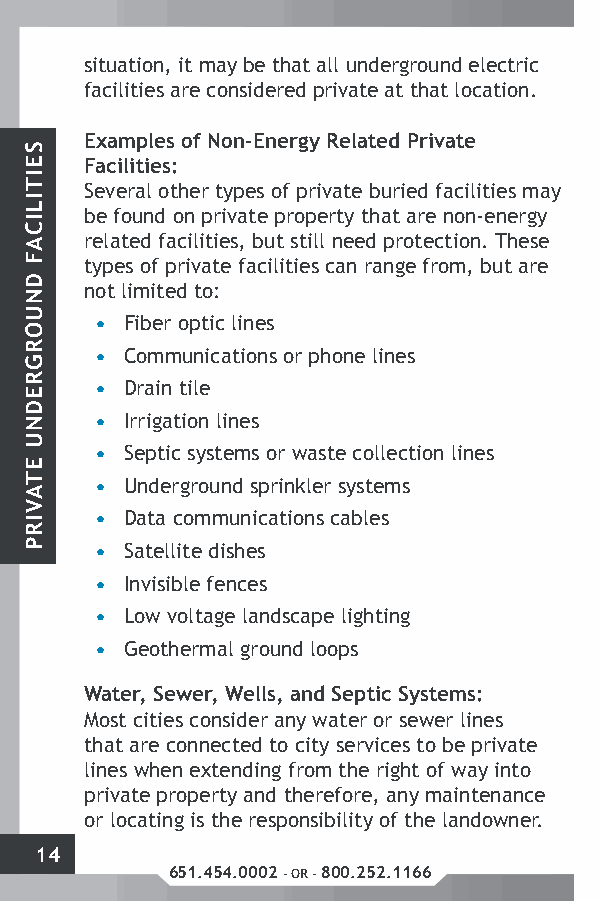
situation, it may be that all underground electric
 facilities are considered private at that location.
 Examples of Non-Energy Related Private
 Facilities:
 Several other types of private buried facilities may
 be found on private property that are non-energy
 related facilities, but still need protection. These
 types of private facilities can range from, but are
 not limited to:
 • Fiber optic lines
 • Communications or phone lines
 • Drain tile
 • Irrigation lines
 • Septic systems or waste collection lines
 • Underground sprinkler systems
 • Data communications cables
 • Satellite dishes
 • Invisible fences
 • Low voltage landscape lighting
 • Geothermal ground loops
 Water, Sewer, Wells, and Septic Systems:
 Most cities consider any water or sewer lines
 that are connected to city services to be private
 lines when extending from the right of way into
 private property and therefore, any maintenance
 or locating is the responsibility of the landowner.
 14
 651.454.0002 - OR - 800.252.1166
 SEITILICAF
 DNUORGREDNU
 ETAVIRP